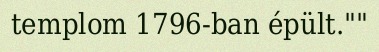
templom 1796-ban épült.""